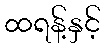
ထရန့်နှင့်